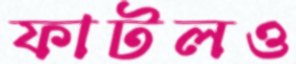
ফাটলও